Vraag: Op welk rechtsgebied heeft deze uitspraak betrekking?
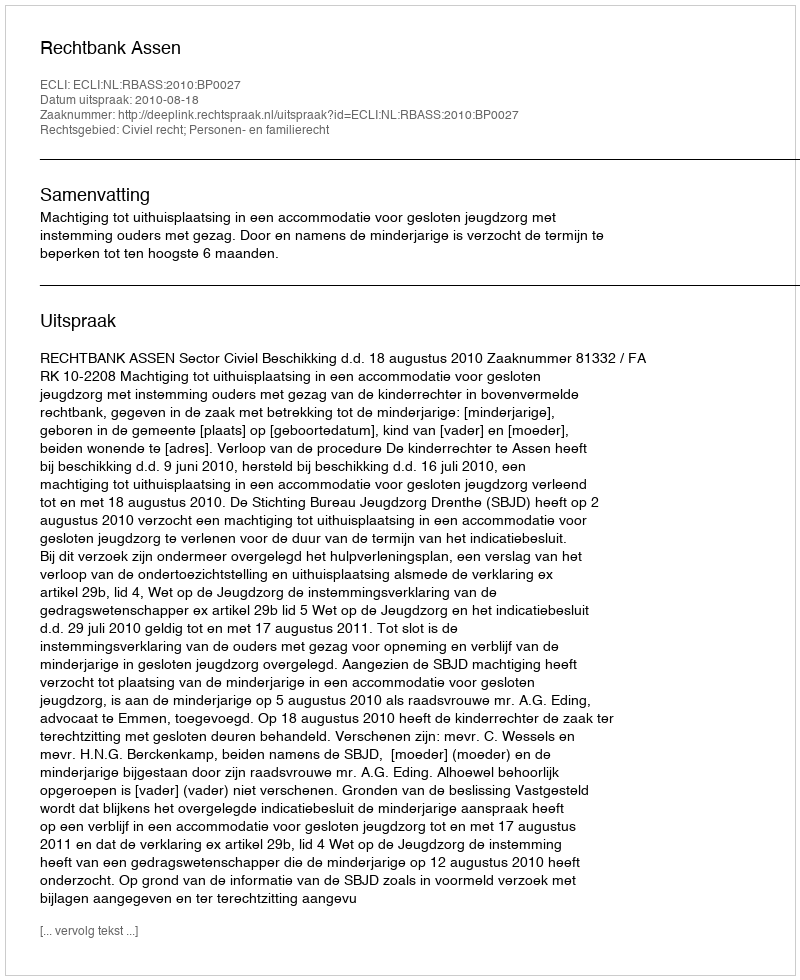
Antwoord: Civiel recht; Personen- en familierecht